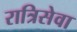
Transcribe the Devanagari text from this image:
रात्रिसेवा